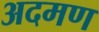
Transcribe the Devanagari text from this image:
अदमण